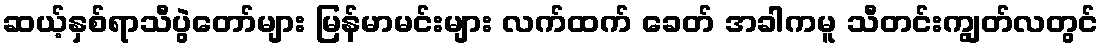
ဆယ့်နှစ်ရာသီပွဲတော်များ မြန်မာမင်းများ လက်ထက် ခေတ် အခါကမူ သီတင်းကျွတ်လတွင်